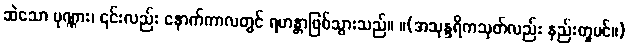
ဆဲသော ပုဏ္ဏား၊ ၎င်းလည်း နောက်ကာလတွင် ရဟန္တာဖြစ်သွားသည်။ ။(အသုန္ဒရိကသုတ်လည်း နည်းတူပင်။)